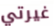
غيرتي